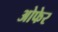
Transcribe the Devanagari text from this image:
ओफेर